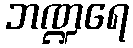
ဘဏ္ဍရေ